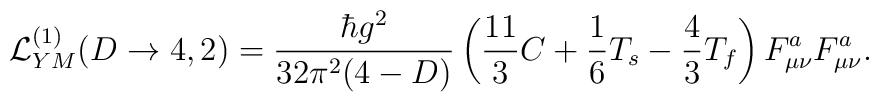
{\cal L}^{(1)}_{YM}(D\rightarrow 4,2)=\frac{\hbar g^{2}}{32\pi^{2}(4-D)}\left( \frac{11}{3}C+\frac{1}{6}T_{s}-\frac{4}{3}T_{f} \right)F^{a}_{\mu\nu}F^{a}_{\mu\nu}.